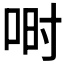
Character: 𫪅